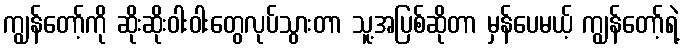
ကျွန်တော့်ကို ဆိုးဆိုးဝါးဝါးတွေလုပ်သွားတာ သူ့အပြစ်ဆိုတာ မှန်ပေမယ့် ကျွန်တော့်ရဲ့